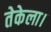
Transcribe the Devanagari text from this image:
तेकेला।